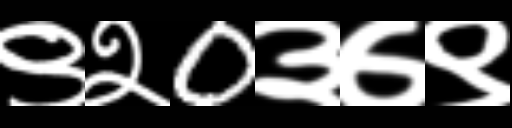
Text: ९२0३७९